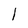
Character: I